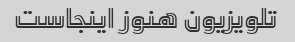
تلویزیون هنوز اینجاست